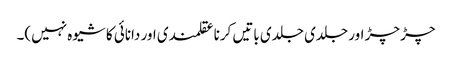
چڑ چڑ اور جلدی جلدی باتیں کرنا عقلمندی اور دانائی کا شیوہ نہیں)۔